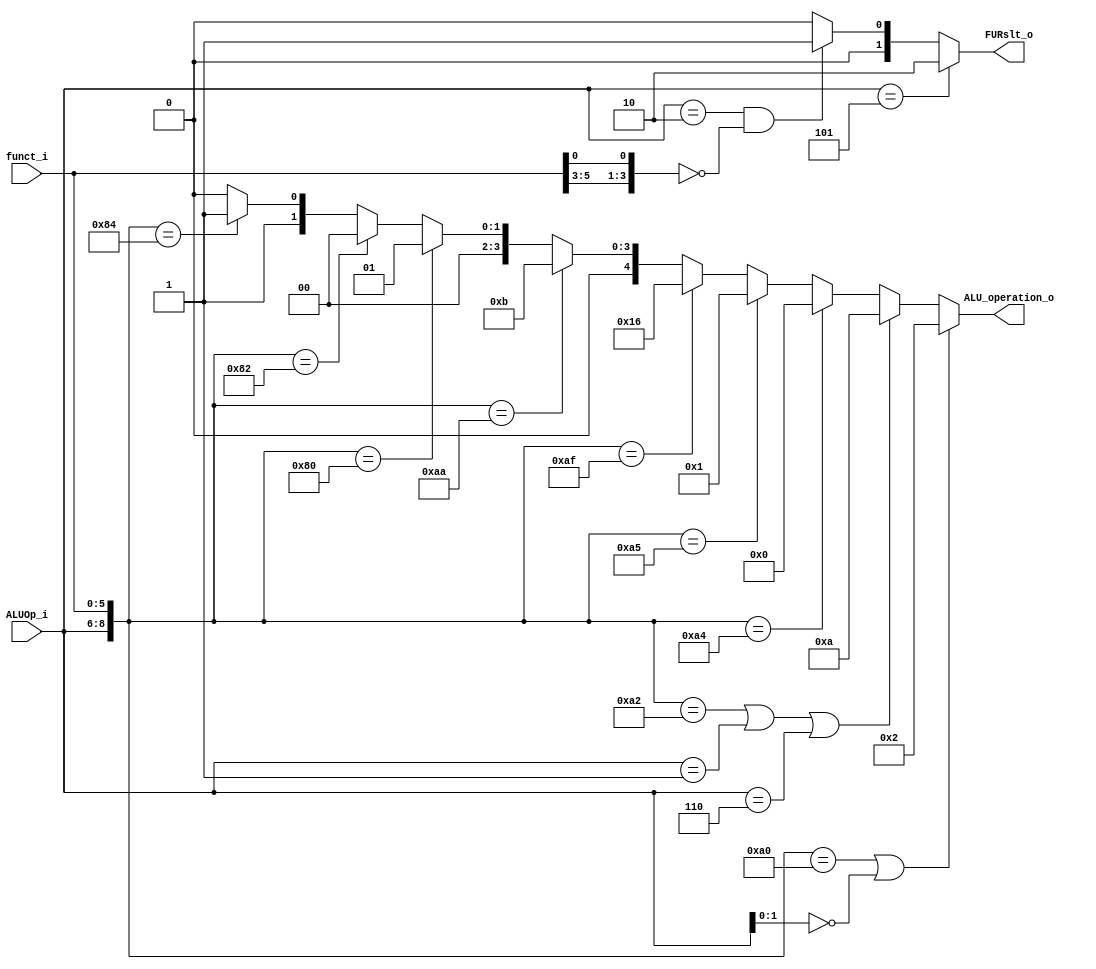
module ALU_Ctrl( funct_i, ALUOp_i, ALU_operation_o, FURslt_o );

//I/O ports 
input      [6-1:0] funct_i;
input      [3-1:0] ALUOp_i;

output     [5-1:0] ALU_operation_o;  
output     [2-1:0] FURslt_o;
     
//Internal Signals
wire		[5-1:0] ALU_operation_o;
wire		[2-1:0] FURslt_o;

//Main function


assign ALU_operation_o = ({ALUOp_i,funct_i} == 9'b010_100000 || ALUOp_i[1:0] == 2'b00) ? 5'b00010 : //add addi lw sw
						 ({ALUOp_i,funct_i} == 9'b010_100010 || ALUOp_i == 3'b001 || ALUOp_i == 3'b110) ? 5'b01010 : //sub beq bne
						 ({ALUOp_i,funct_i} == 9'b010_100100) ? 5'b00000 : //and
						 ({ALUOp_i,funct_i} == 9'b010_100101) ? 5'b00001 : //or
						 ({ALUOp_i,funct_i} == 9'b010_101111) ? 5'b10110 : //not
						 ({ALUOp_i,funct_i} == 9'b010_101010) ? 5'b01011 : //slt
						 ({ALUOp_i,funct_i} == 9'b010_000000) ? 5'b00001 : //sll
						 ({ALUOp_i,funct_i} == 9'b010_000010) ? 5'b00000 : //srl
						 ({ALUOp_i,funct_i} == 9'b010_000100) ? 5'b00011 : 5'b00010; //sllv srlv

						 

assign FURslt_o = 	(ALUOp_i == 3'b101) ? 2'd2 : //lui
					(ALUOp_i == 3'b010 && {funct_i[5:3],funct_i[0]} == 4'b0000) ? 2'd1 : //sll srl sllv srlv
					0; //others

endmodule